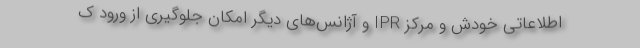
اطلاعاتی خودش و مرکز IPR و آژانس‌های دیگر امکان جلوگیری از ورود ک